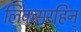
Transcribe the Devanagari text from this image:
लिंकसरहिन्